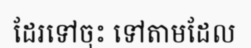
ដែរទៅចុះ ទៅតាមដែល